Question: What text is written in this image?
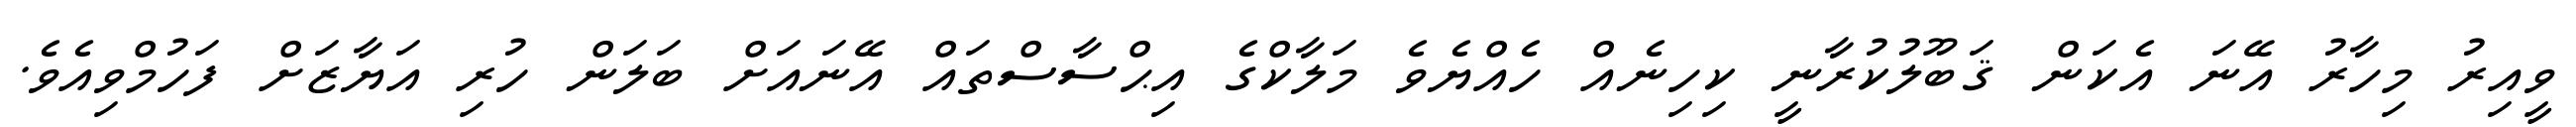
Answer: ވީއިރު މިހާރު އޭނަ އެކަން ޤަބޫލުކުރާނީ ކިހިނެއް ހެއްޔެވެ މަލާކްގެ އިޙްސާސްތައް އޭނައަށް ބަލަން ހުރި އަޔާޒަށް ފަހުމްވިއެވެ.